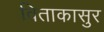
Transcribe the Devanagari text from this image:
विताकासुर